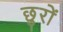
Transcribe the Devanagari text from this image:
छुरों